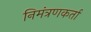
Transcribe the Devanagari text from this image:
निमंत्रणकर्ता